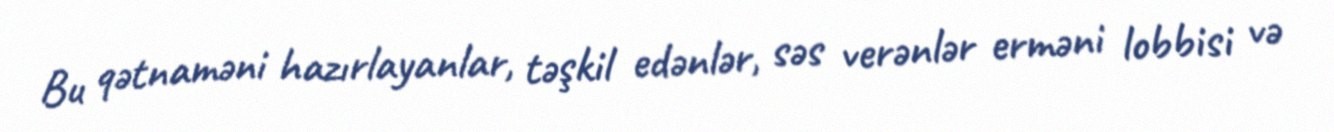
Bu qətnaməni hazırlayanlar, təşkil edənlər, səs verənlər erməni lobbisi və